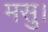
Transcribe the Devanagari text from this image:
मसु।